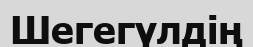
Шегегүлдің